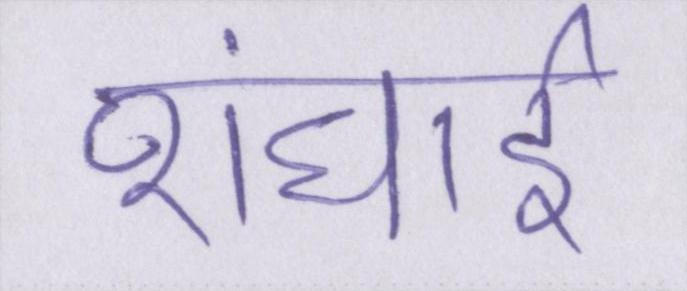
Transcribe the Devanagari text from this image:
शंघाई